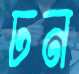
ঢন